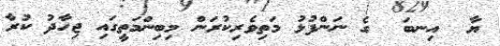
ޔާ  އިނބަ  ގެ ނަންފުޅު މަތިވެރިކުރަން މިބިންމަތީގައި ޖިހާދު ކުރާ